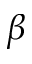
\beta